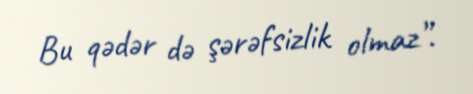
Bu qədər də şərəfsizlik olmaz”.